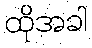
ထိုအခါ